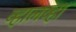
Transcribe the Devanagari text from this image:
व्हालव्हा